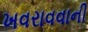
ખવરાવવાની